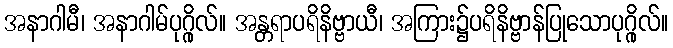
အနာဂါမီ၊ အနာဂါမ်ပုဂ္ဂိုလ်။ အန္တရာပရိနိဗ္ဗာယီ၊ အကြား၌ပရိနိဗ္ဗာန်ပြုသောပုဂ္ဂိုလ်။